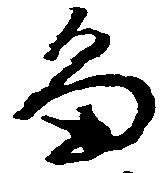
畠